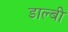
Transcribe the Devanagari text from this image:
डाल्बी